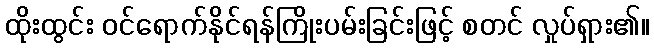
ထိုးထွင်း ဝင်ရောက်နိုင်ရန်ကြိုးပမ်းခြင်းဖြင့် စတင် လှုပ်ရှား၏။